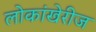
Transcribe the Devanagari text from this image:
लोकांखेरीज